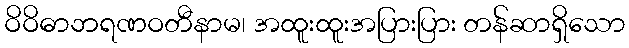
ဝိဝိဓာဘရဏဝတီနာမ၊ အထူးထူးအပြားပြား တန်ဆာရှိသော